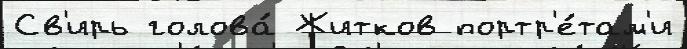
Св'ирь голова́ Житков портр'е́там'и